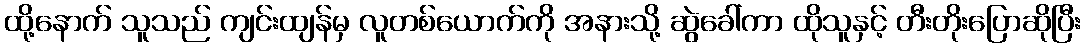
ထို့နောက် သူသည် ကျင်းထျန်မှ လူတစ်ယောက်ကို အနားသို့ ဆွဲခေါ်ကာ ထိုသူနှင့် တီးတိုးပြောဆိုပြီး